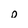
Character: o